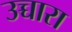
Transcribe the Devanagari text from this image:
उच्चारा